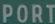
PORT